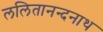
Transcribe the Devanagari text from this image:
ललितानन्दनाथ